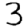
Digit: 3